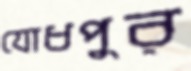
যোধপুর